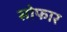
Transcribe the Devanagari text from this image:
सोफार